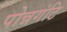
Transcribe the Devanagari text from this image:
पोन्नगंटि